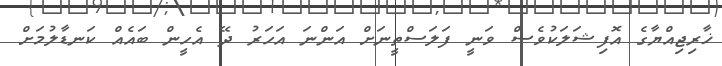
ޚާރިޖިއްޔާގެ އޮފިޝަލަކުވެސް ވަނީ ފަލަސްތީނަށް އަންނަ އަހަރު ދޭ އެހީން ބައެއް ކަނޑާލުމަށް